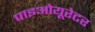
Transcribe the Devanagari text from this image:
पाइओयूरेटर